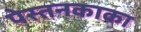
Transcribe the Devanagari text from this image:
पेस्तनकाका